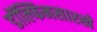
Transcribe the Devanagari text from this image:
डॉल्फिनसारखे